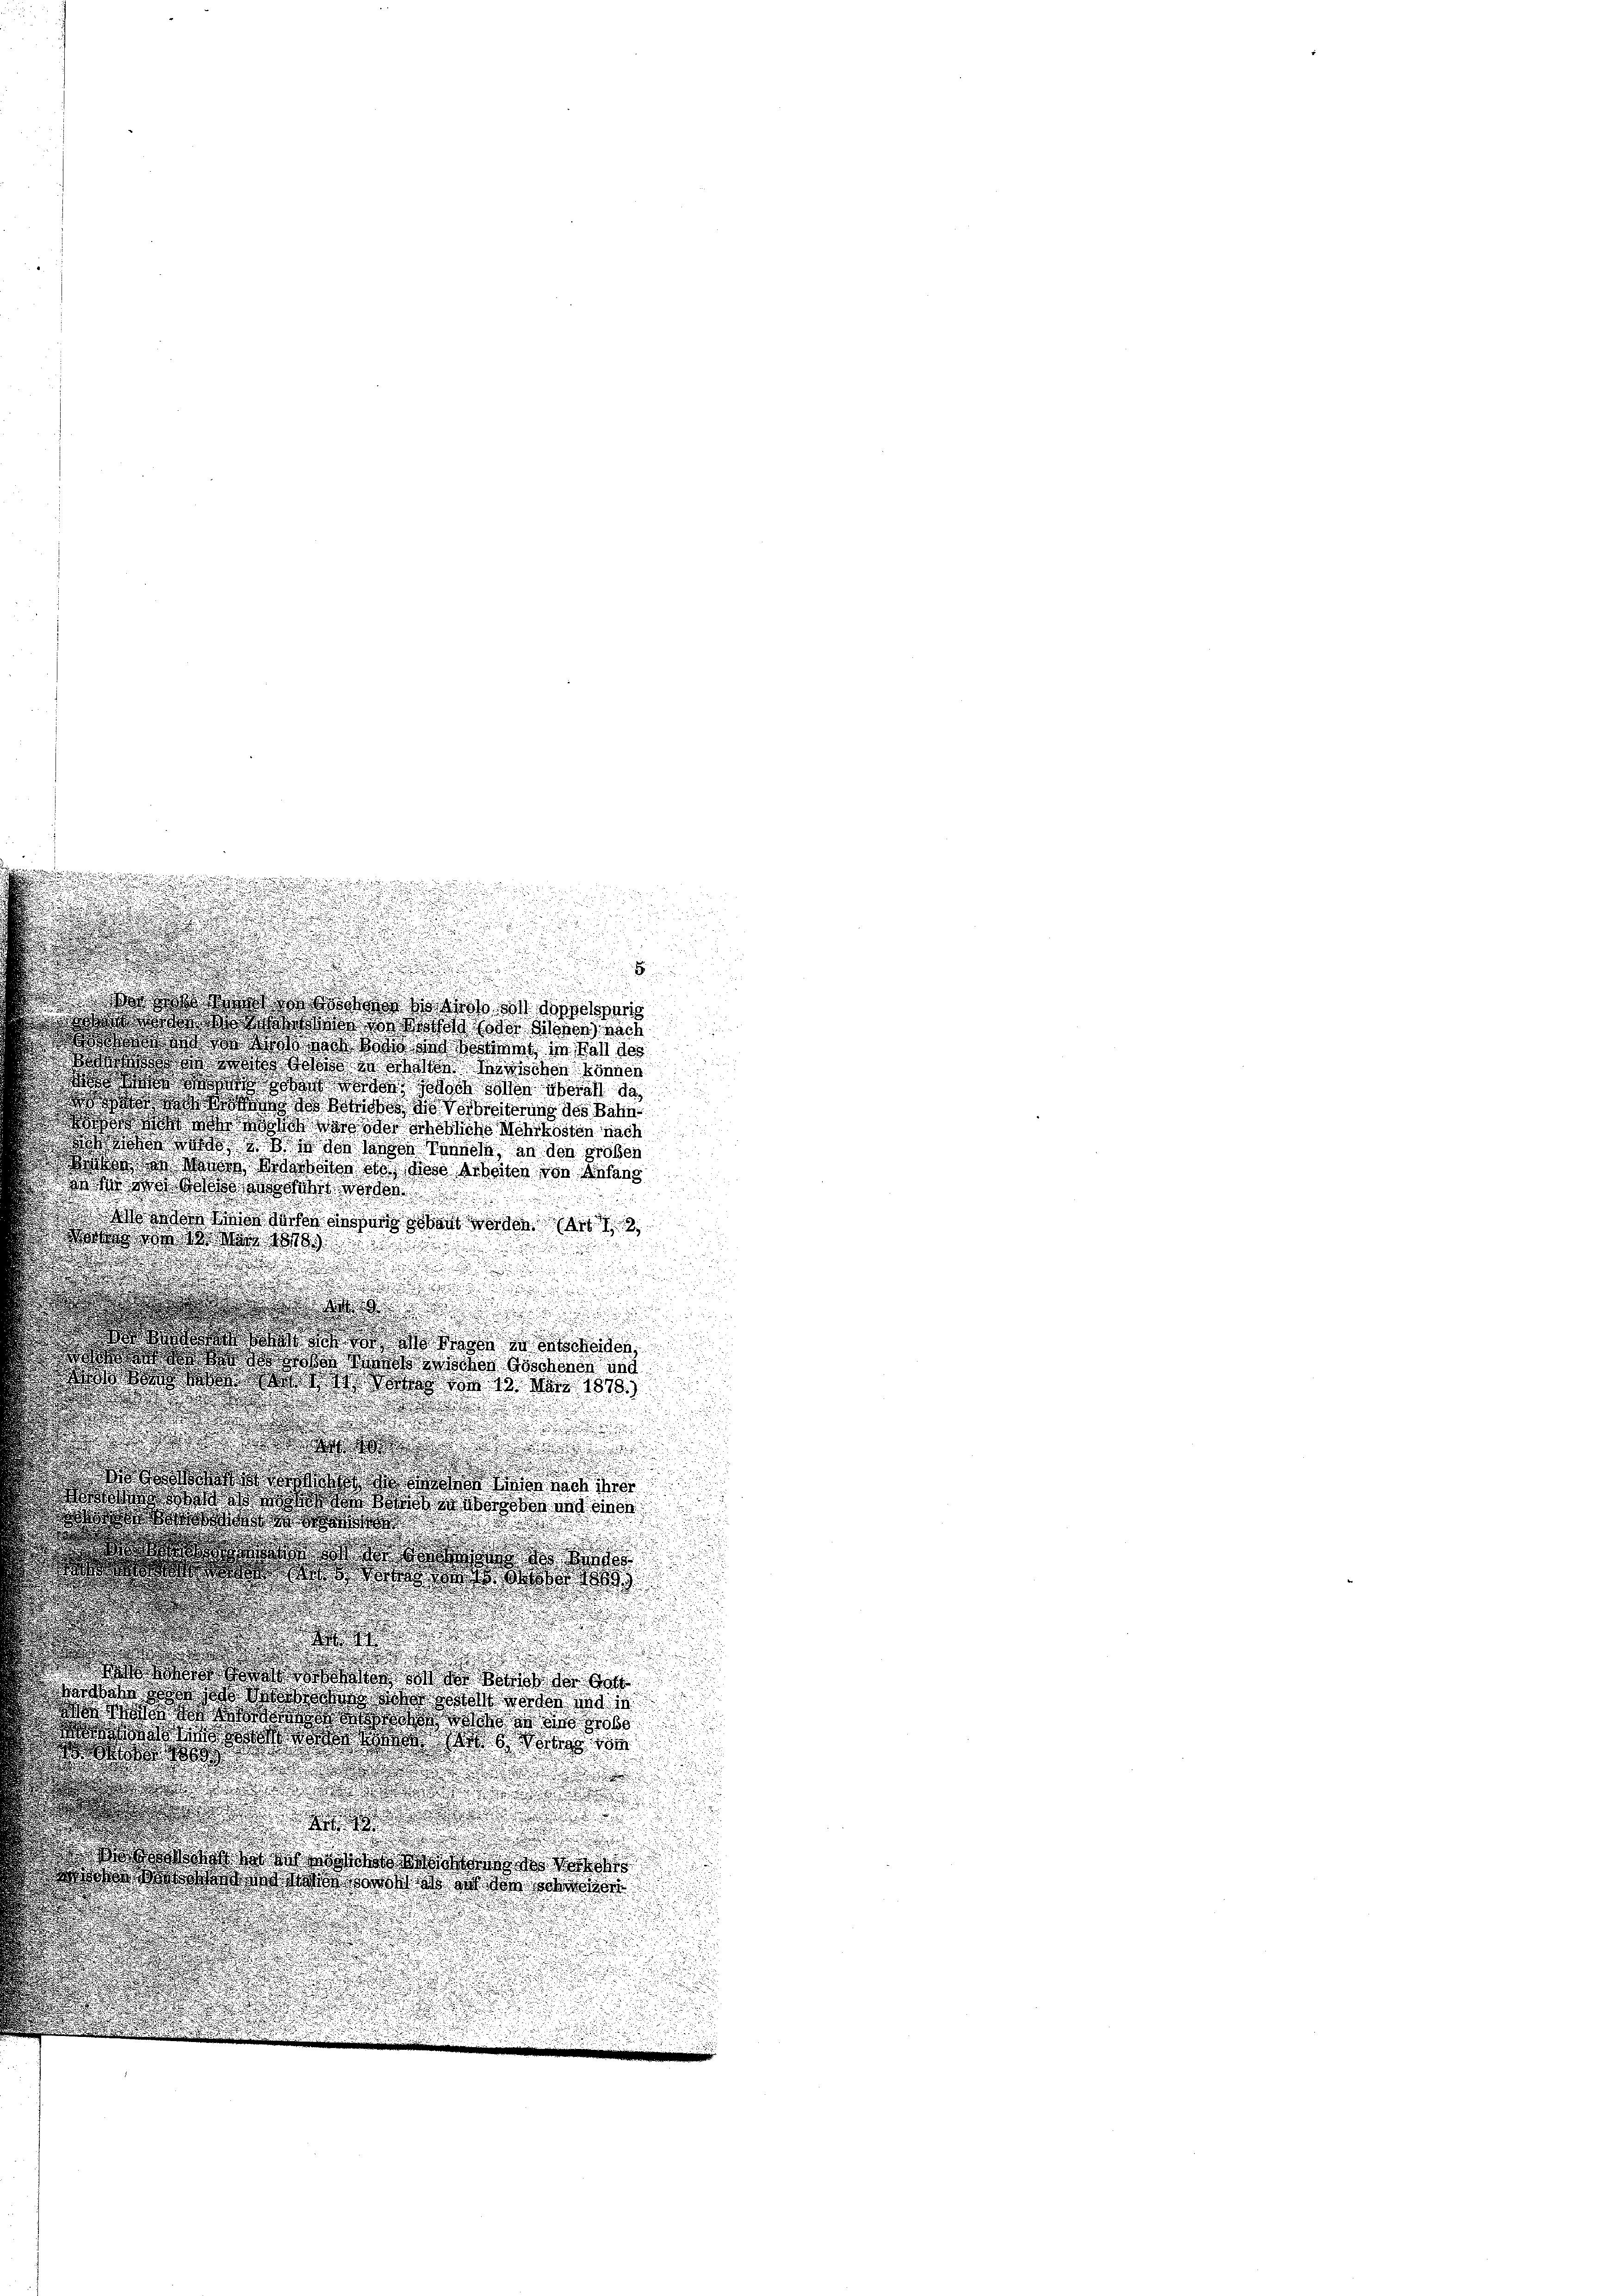
xx

Wotta der ob soll doppelang
twas war an, so der diesen nach
de der Was das von den in Fall des
w den Wege Wette Minischen können
wa so so wie es de
 ich so vereiterung des Bahn
  da der Schedliche Mehrkosten nach
dass seiter Wird die lasses Mannes, an den großen
dites Winde Bedeckelbe vor diese Arbeiter von Seitens
was an das daselben worde

 die Kinde Sachen diesen solant werde
Wodten dass die
.

d
u

.
.
.
d
d
 an den so da der
 Wochen Geschenen und
swort so das da wo 18. d. 1818
.

.
.

d   die doch de
sodass die Wasser und die

.

.
d
d
Dower dass d

s Gott
and ich das vor der und in
 Was der das
owa dass da das

e
er
.
w werde er der den

n